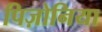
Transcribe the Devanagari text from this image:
पिज़ोनिया